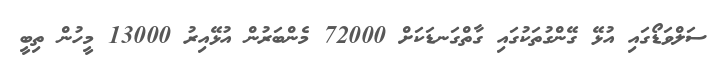
ސަލްވަޑޯގައި އުޅޭ ގޭންގުތަކުގައި ގާތްގަނޑަކަށް 72000 މެންބަރުން އުޅޭއިރު 13000 މީހުން ތިބީ